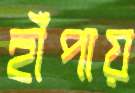
হাঁপায়